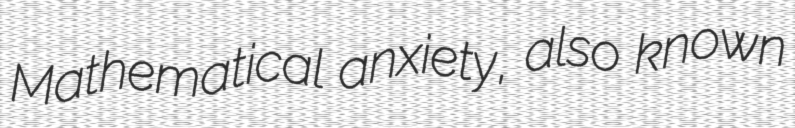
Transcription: Mathematical anxiety, also known